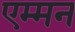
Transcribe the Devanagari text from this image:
एम्मन